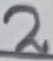
Text: 2